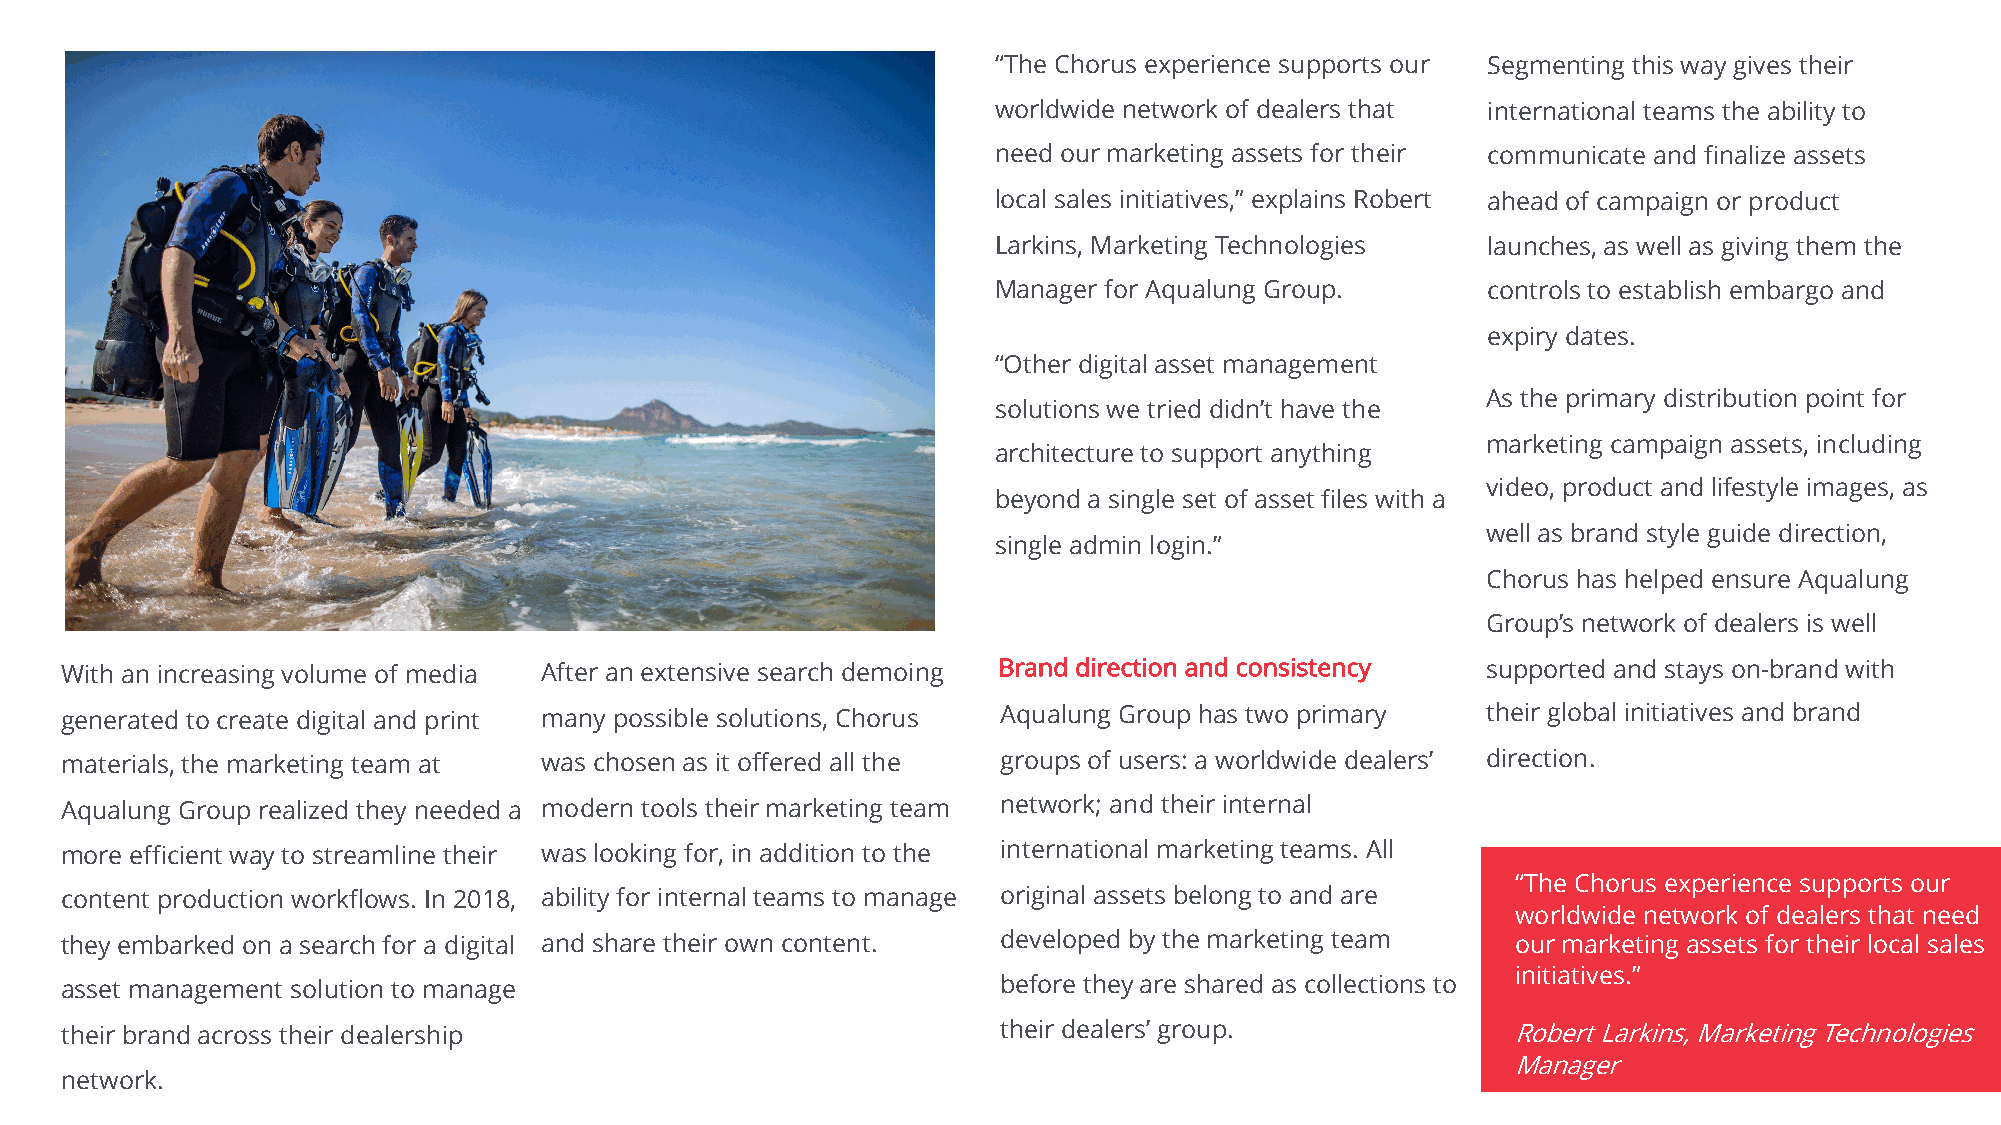
“The Chorus experience supports our Segmenting this way gives their
 worldwide network of dealers that international teams the ability to
 need our marketing assets for their communicate and finalize assets
 local sales initiatives,” explains Robert ahead of campaign or product
 Larkins, Marketing Technologies launches, as well as giving them the
 Manager for Aqualung Group.     controls to establish embargo and
 expiry dates.
 “Other digital asset management
 As the primary distribution point for
 solutions we tried didn’t have the
 marketing campaign assets, including
 architecture to support anything
 video, product and lifestyle images, as
 beyond a single set of asset files with a
 well as brand style guide direction,
 single admin login.”
 Chorus has helped ensure Aqualung
 Group’s network of dealers is well
 With an increasing volume of media After an extensive search demoing Brand direction and consistency supported and stays on-brand with
 generated to create digital and print many possible solutions, Chorus Aqualung Group has two primary their global initiatives and brand
 materials, the marketing team at was chosen as it offered all the groups of users: a worldwide dealers’ direction.
 Aqualung Group realized they needed a modern tools their marketing team network; and their internal
 more efficient way to streamline their was looking for, in addition to the international marketing teams. All
 “The Chorus experience supports our
 content production workflows. In 2018, ability for internal teams to manage original assets belong to and are
 worldwide network of dealers that need
 they embarked on a search for a digital and share their own content. developed by the marketing team our marketing assets for their local sales
 initiatives.”
 asset management solution to manage                           before they are shared as collections to
 their brand across their dealership                           their dealers’ group.             Robert Larkins, Marketing Technologies
 Manager
 network.